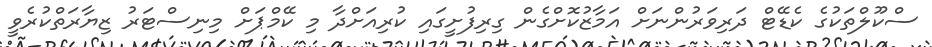
ސްކޫލްތަކުގެ ކެޑޭޓް ދަރިވަރުންނަށް އަމާޒުކޮށްގެން ގިރިފުށީގައި ކުރިއަށްދާ މި ކޭމްޕަށް މިނިސްޓަރު ޒިޔާރަތްކުރެވީ